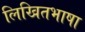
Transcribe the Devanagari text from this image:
लिखितभाषा